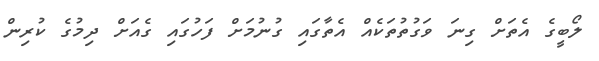
ލޯބީގެ އެތަށް ގިނަ ވަގުތުތަކެއް އެތާގައި ގުނުމަށް ފަހުގައި ގެއަށް ދިމުގެ ކުރިން